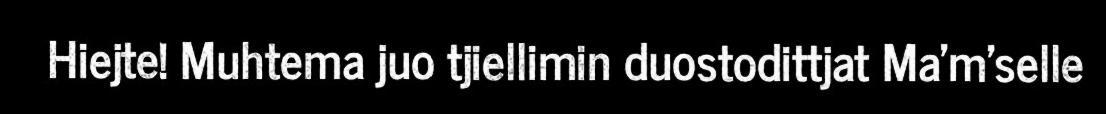
Hiejte! Muhtema juo tjiellimin duostodittjat Ma'm'selle